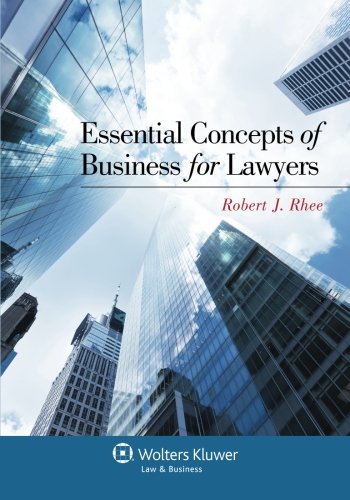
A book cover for Essential Concepts of Business for Lawyers; Robert J. Rhee; Law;